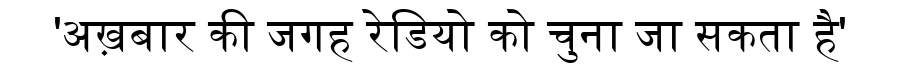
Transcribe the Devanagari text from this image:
'अख़बार की जगह रेडियो को चुना जा सकता है'